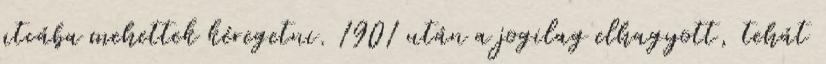
utcába mehettek kéregetni. 1901 után a jogilag elhagyott, tehát